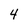
Character: 4